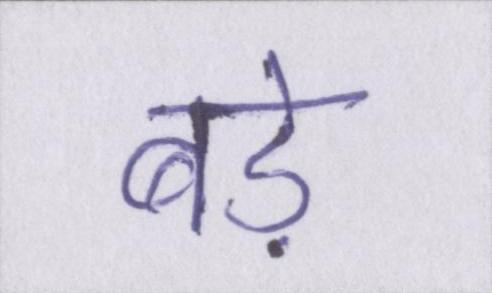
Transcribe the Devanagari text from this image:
बड़े